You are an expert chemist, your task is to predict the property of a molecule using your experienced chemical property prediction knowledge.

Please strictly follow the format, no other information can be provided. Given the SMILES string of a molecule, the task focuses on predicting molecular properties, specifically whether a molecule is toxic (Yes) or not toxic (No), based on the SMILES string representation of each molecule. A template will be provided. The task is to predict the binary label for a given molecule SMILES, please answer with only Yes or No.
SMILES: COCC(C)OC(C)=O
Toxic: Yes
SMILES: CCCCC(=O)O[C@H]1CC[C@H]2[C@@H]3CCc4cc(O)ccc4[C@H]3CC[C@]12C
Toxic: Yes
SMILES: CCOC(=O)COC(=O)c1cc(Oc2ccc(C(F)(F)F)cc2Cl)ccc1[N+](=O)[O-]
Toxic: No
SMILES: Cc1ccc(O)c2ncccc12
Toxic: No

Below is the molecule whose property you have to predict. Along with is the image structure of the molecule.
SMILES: CCNCC.O=S(=O)(O)c1cc(O)ccc1O
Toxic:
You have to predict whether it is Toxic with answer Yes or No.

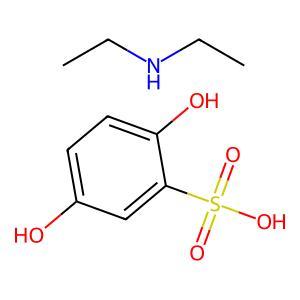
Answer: No